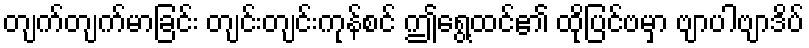
တျက်တျက်မာခြင်း တျင်းတျင်းကုန်စင် ဤရွေ့ထင်၏ ထိုပြင်ဗမှာ ဗျာပါဗျာဒိပ်